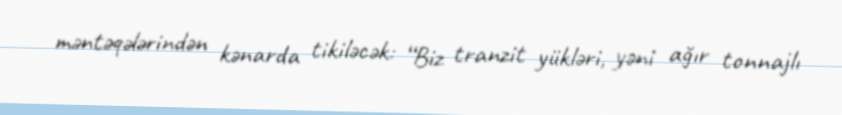
məntəqələrindən kənarda tikiləcək: “Biz tranzit yükləri, yəni ağır tonnajlı